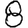
Digit: 8